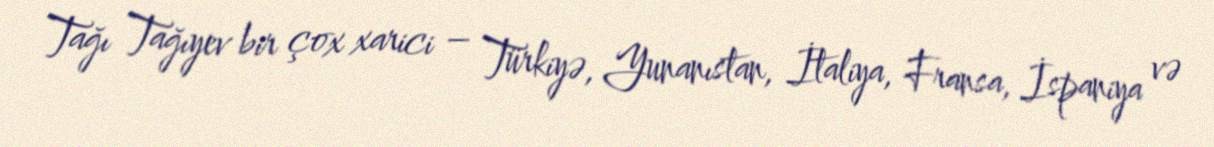
Tağı Tağıyev bir çox xarici – Türkiyə, Yunanıstan, İtaliya, Fransa, İspaniya və